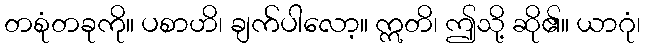
တစုံတခုကို။ ပစာဟိ၊ ချက်ပါလော့။ ဣတိ၊ ဤသို့ ဆို၏။ ယာဂုံ၊